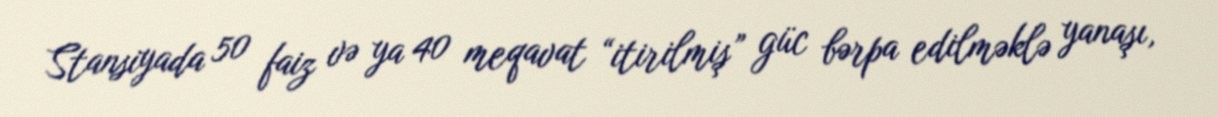
Stansiyada 50 faiz və ya 40 meqavat “itirilmiş” güc bərpa edilməklə yanaşı,